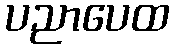
ပညာပေထ